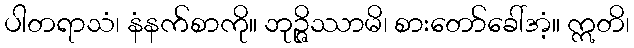
ပါတရာသံ၊ နံနက်စာကို။ ဘုဉ္ဇိဿာမိ၊ စားတော်ခေါ်အံ့။ ဣတိ၊